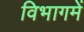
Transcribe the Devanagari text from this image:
विभागमें